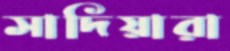
সাদিয়ারা